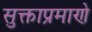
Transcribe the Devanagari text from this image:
सुक्ताप्रमाणे